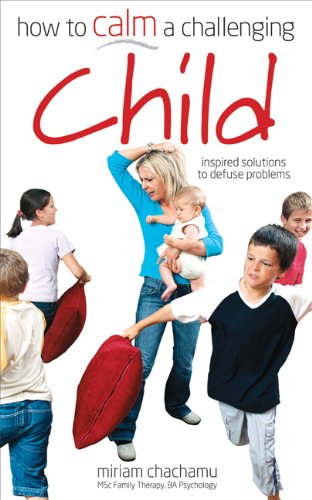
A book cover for How to Calm a Challenging Child: foreword by Cassandra Jardine, The Daily Telegraph; Miriam Chachamu; Parenting & Relationships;